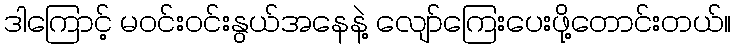
ဒါကြောင့် မဝင်းဝင်းနွယ်အနေနဲ့ လျော်ကြေးပေးဖို့တောင်းတယ်။